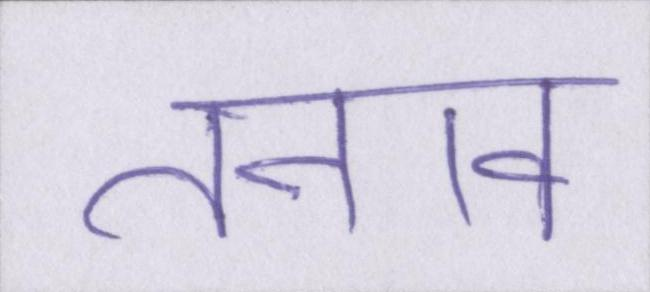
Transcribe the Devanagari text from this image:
तनाव